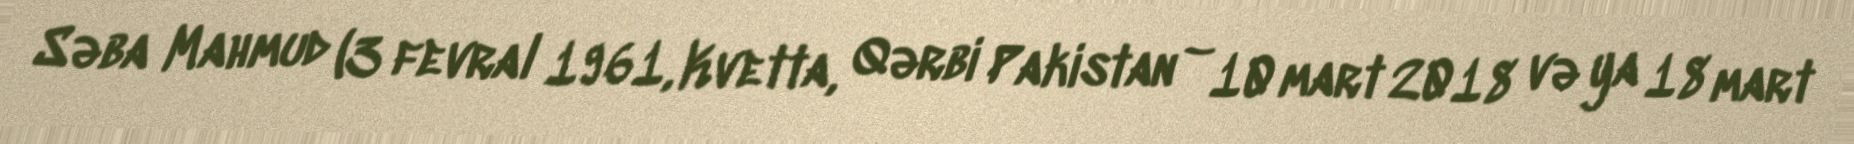
Səba Mahmud (3 fevral 1961, Kvetta, Qərbi Pakistan – 10 mart 2018 və ya 18 mart